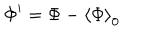
\Phi ^ { \prime } = \Phi - \left\langle \Phi \right\rangle _ { 0 }